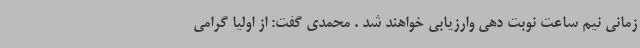
زمانی نیم ساعت نوبت دهی وارزیابی خواهند شد . محمدی گفت: از اولیا گرامی